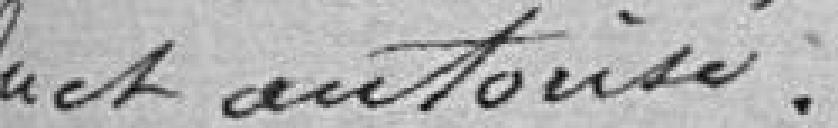
Vu et autorisé